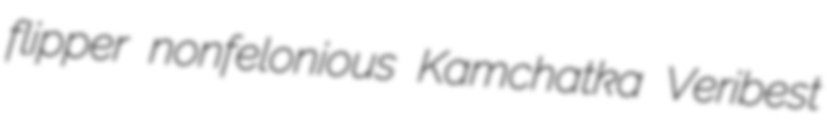
flipper nonfelonious Kamchatka Veribest